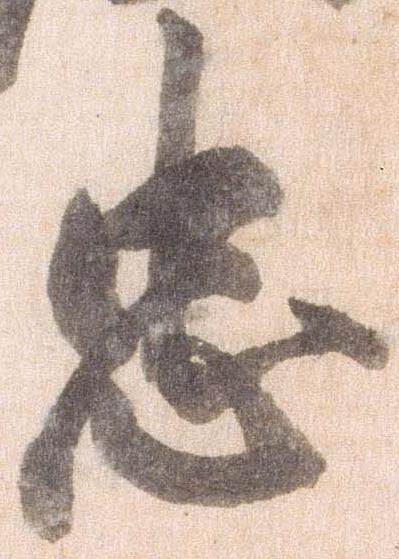
忠